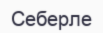
Себерле